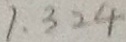
1 \cdot 3 2 4